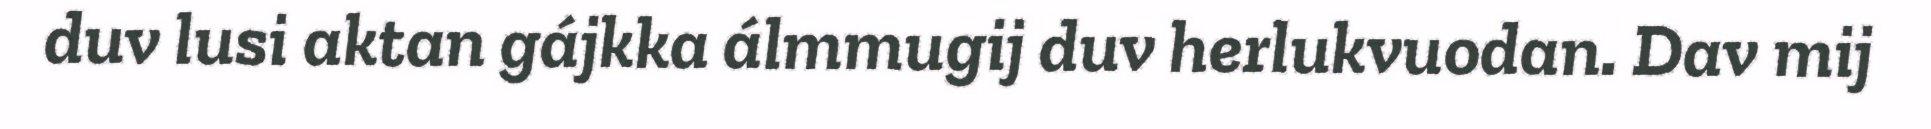
duv lusi aktan gájkka álmmugij duv herlukvuodan. Dav mij